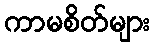
ကာမစိတ်များ